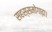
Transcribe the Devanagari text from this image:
सहस्समोगाढ़ा।